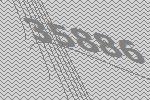
35886